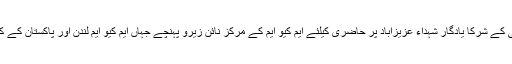
اس حاضری کے بعد ریلی کے شرکا یادگار شہداء عزیزآباد پر حاضری کیلئے ایم کیو ایم کے مرکز نائن زیرو پہنچے جہاں ایم کیو ایم لندن اور پاکستان کے کارکن آمنے سامنے آگئے۔